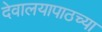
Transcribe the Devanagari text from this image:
देवालयापाठच्या